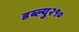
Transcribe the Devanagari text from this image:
डब्ल्यु२१०